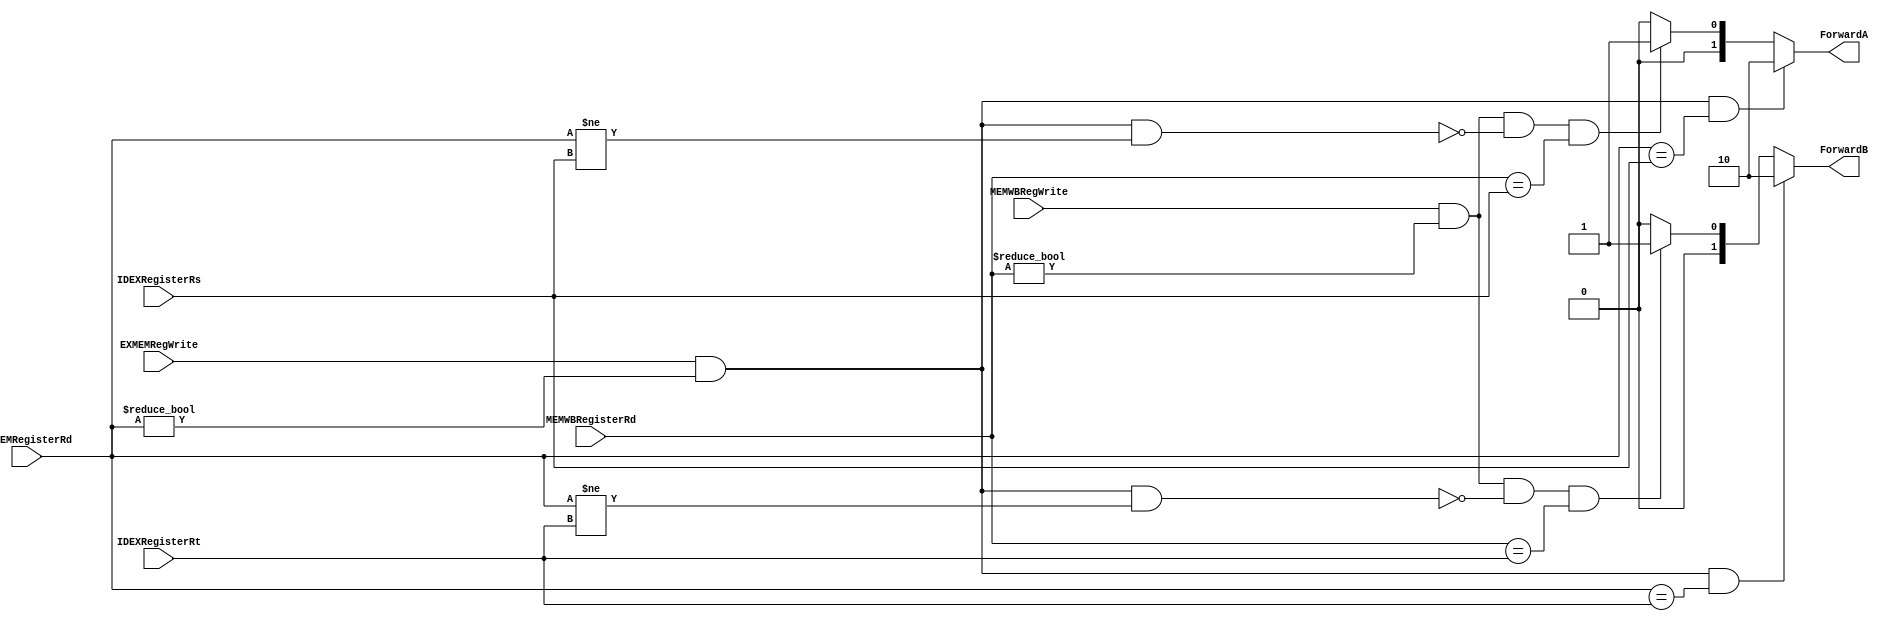
module forwarding(
input EXMEMRegWrite,			//
input [4:0] EXMEMRegisterRd,   		//
input [4:0]IDEXRegisterRs,		//
input [4:0]IDEXRegisterRt,		//
input MEMWBRegWrite,			//
input [4:0]MEMWBRegisterRd,	//
output reg[1:0]ForwardA,
output reg[1:0]ForwardB
);
always @*
begin

if (EXMEMRegWrite && (EXMEMRegisterRd!=0) && ( EXMEMRegisterRd == IDEXRegisterRs))		//Iwant to write in EXMEM, and I want to use this value in the next instr
ForwardA<=2'b10;								// as an output to the ALU Rd el fatet== Rs delw2ty
else if (MEMWBRegWrite && (MEMWBRegisterRd != 0) 		//i want to write in the thrd instr.	
&& ~(EXMEMRegWrite && (EXMEMRegisterRd != 0) 		//either i dont wanna write in the middle instr, or i want to write in 0
&& (EXMEMRegisterRd != IDEXRegisterRs)) 		//bat2aked en el inst el fl nos maghyrsh Rd
&& (MEMWBRegisterRd == IDEXRegisterRs)) 		///Rs == Rd bta3et el abl el fatet
ForwardA <= 2'b01;
else 
ForwardA=2'b00;
								
if (EXMEMRegWrite && (EXMEMRegisterRd != 0) && ( EXMEMRegisterRd == IDEXRegisterRt)) 		//same case but Rt
ForwardB <=2'b10;

else if (MEMWBRegWrite &&(MEMWBRegisterRd != 0)
&& ~(EXMEMRegWrite && (EXMEMRegisterRd != 0)
&& (EXMEMRegisterRd != IDEXRegisterRt))		//same but Rt
&& (MEMWBRegisterRd ==IDEXRegisterRt)) 
ForwardB <=2'b01;
else 
ForwardB<=2'b00;


end

endmodule



module HazardDetection(		//to detect if an instr is using a value still being loaded from memory.
input IDEXMemRead,		//will insert a stall -nop-
input [4:0] IDEXRegisterRt,	//and will make the pc stay with the same address
input [4:0] IFIDRegisterRs,			//will make the values in IFID reg get the same values again.
input [4:0] IFIDRegisterRt,
output reg IFIDWrite,
output reg PCWrite,
output reg stall
);

always@*
begin

if (IDEXMemRead &&    	//if it is a load instruction
((IDEXRegisterRt == IFIDRegisterRs) ||(IDEXRegisterRt == IFIDRegisterRt)))		//checks if I am using the value that I just loaded
begin
stall<=1;//control lines (EX, MEM, and WB)in the ID/EX reg being set to zero only RegWrite and MemWrite
PCWrite<=0;	//control signal sent to PC reg to tell it not to update its values.
IFIDWrite<=0; 	//control signal sent to IFID reg to tell it not to update its values.
end
else
begin
stall<=0;
PCWrite<=1;
IFIDWrite<=1;
end

end

endmodule